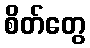
စိတ်တွေ